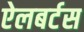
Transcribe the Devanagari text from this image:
ऐलबर्टस